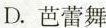
D. 芭蕾舞